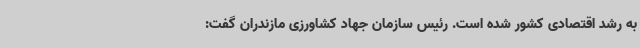
به رشد اقتصادی کشور شده است. رئیس سازمان جهاد کشاورزی مازندران گفت: